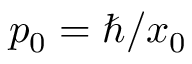
p _ { 0 } = \hbar / x _ { 0 }